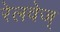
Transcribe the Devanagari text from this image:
रेलवेज्